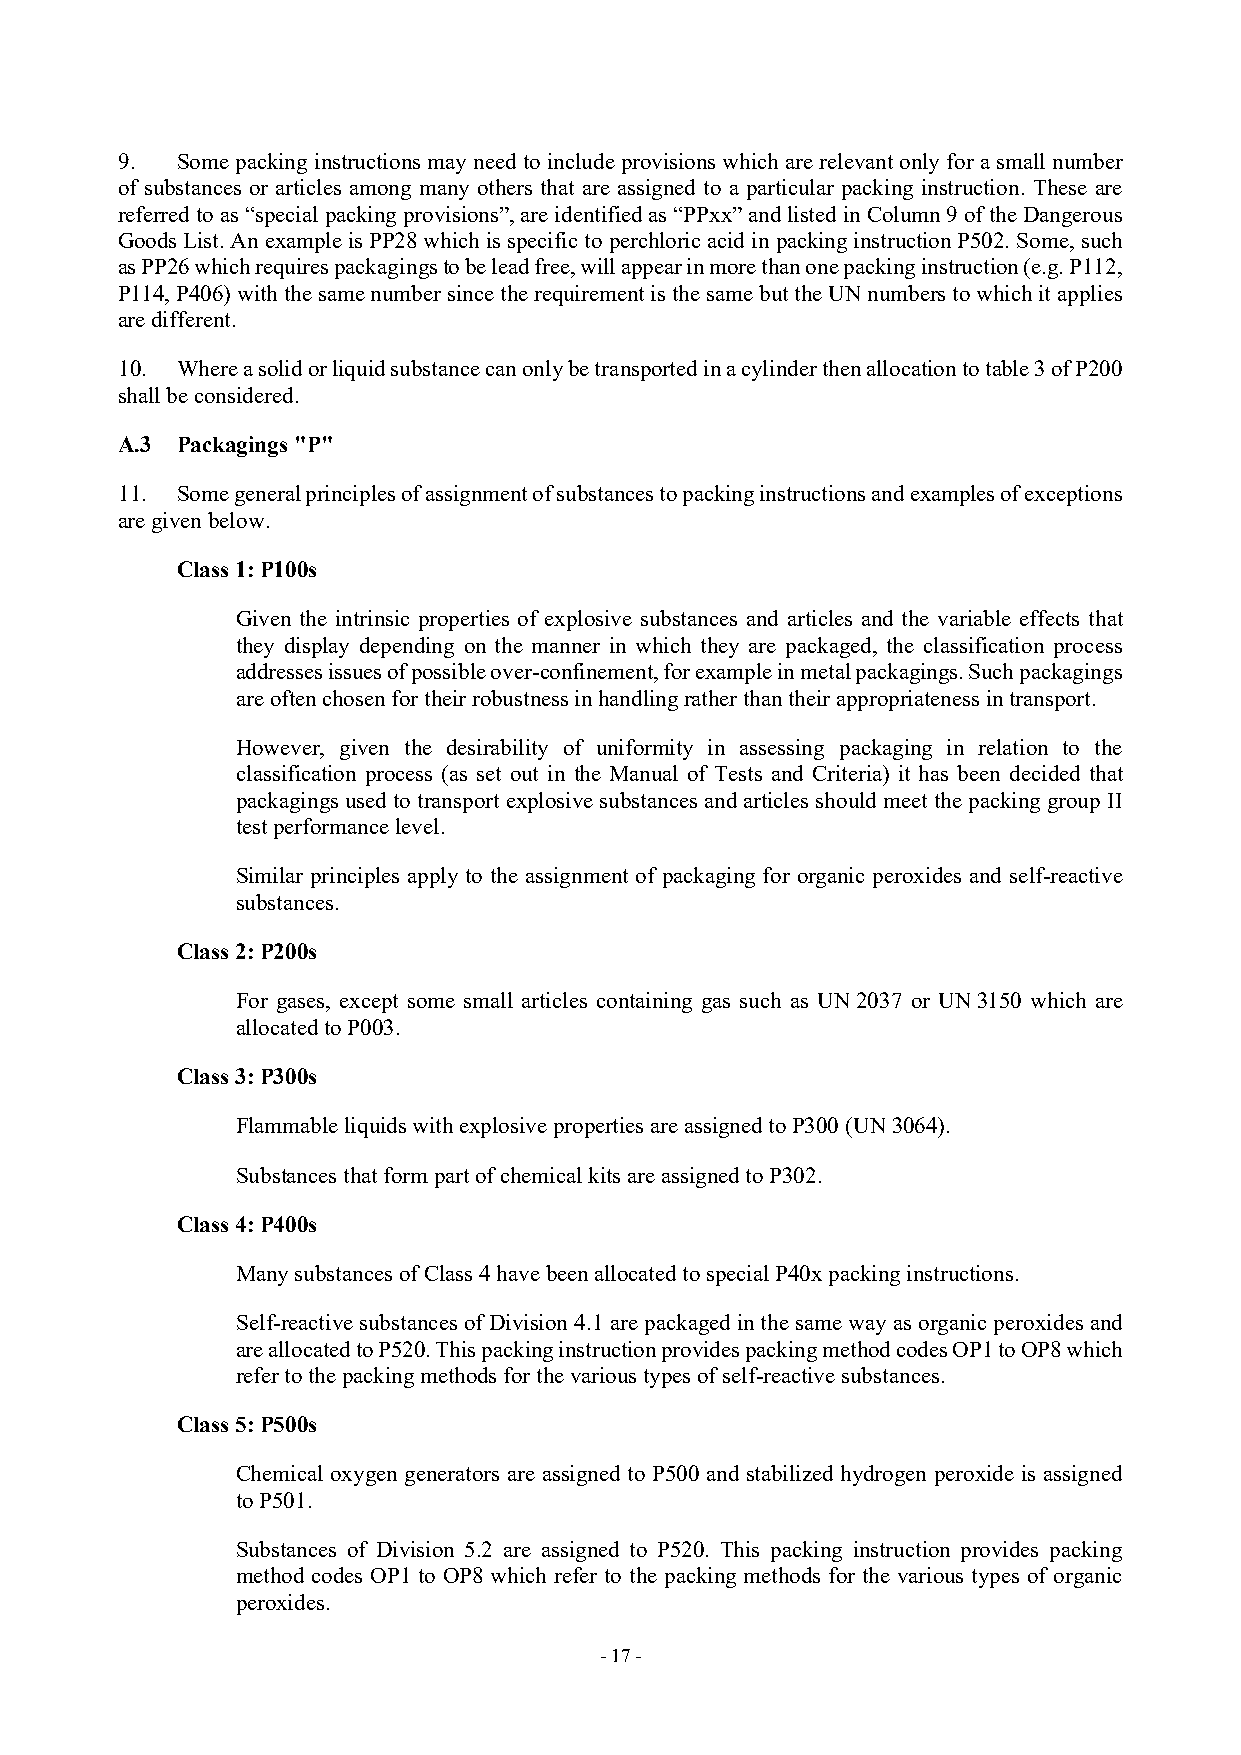
9.  Some packing instructions may need to include provisions which are relevant only for a small number
 of substances or articles among many others that are assigned to a particular packing instruction. These are
 referred to as “special packing provisions”, are identified as “PPxx” and listed in Column 9 of the Dangerous
 Goods List. An example is PP28 which is specific to perchloric acid in packing instruction P502. Some, such
 as PP26 which requires packagings to be lead free, will appear in more than one packing instruction (e.g. P112,
 P114, P406) with the same number since the requirement is the same but the UN numbers to which it applies
 are different.
 10. Where a solid or liquid substance can only be transported in a cylinder then allocation to table 3 of P200
 shall be considered.
 A.3 Packagings "P"
 11. Some general principles of assignment of substances to packing instructions and examples of exceptions
 are given below.
 Class 1: P100s
 Given the intrinsic properties of explosive substances and articles and the variable effects that
 they display depending on the manner in which they are packaged, the classification process
 addresses issues of possible over-confinement, for example in metal packagings. Such packagings
 are often chosen for their robustness in handling rather than their appropriateness in transport.
 However, given the desirability of uniformity in assessing packaging in relation to the
 classification process (as set out in the Manual of Tests and Criteria) it has been decided that
 packagings used to transport explosive substances and articles should meet the packing group II
 test performance level.
 Similar principles apply to the assignment of packaging for organic peroxides and self-reactive
 substances.
 Class 2: P200s
 For gases, except some small articles containing gas such as UN 2037 or UN 3150 which are
 allocated to P003.
 Class 3: P300s
 Flammable liquids with explosive properties are assigned to P300 (UN 3064).
 Substances that form part of chemical kits are assigned to P302.
 Class 4: P400s
 Many substances of Class 4 have been allocated to special P40x packing instructions.
 Self-reactive substances of Division 4.1 are packaged in the same way as organic peroxides and
 are allocated to P520. This packing instruction provides packing method codes OP1 to OP8 which
 refer to the packing methods for the various types of self-reactive substances.
 Class 5: P500s
 Chemical oxygen generators are assigned to P500 and stabilized hydrogen peroxide is assigned
 to P501.
 Substances of Division 5.2 are assigned to P520. This packing instruction provides packing
 method codes OP1 to OP8 which refer to the packing methods for the various types of organic
 peroxides.
 - 17 -